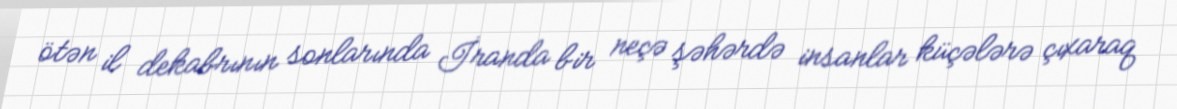
ötən il dekabrının sonlarında İranda bir neçə şəhərdə insanlar küçələrə çıxaraq